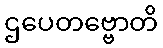
ဌပေတဗ္ဗောတိ